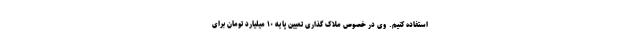
استفاده کنیم. وی در خصوص ملاک گذاری تعیین پایه ۱۰ میلیارد تومان برای